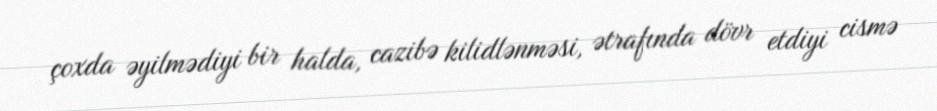
çoxda əyilmədiyi bir halda, cazibə kilidlənməsi, ətrafında dövr etdiyi cismə